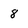
Character: 8